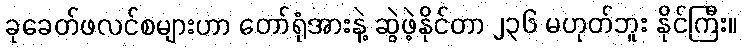
ခုခေတ်ဖလင်စများဟာ တော်ရုံအားနဲ့ ဆွဲဖဲ့နိုင်တာ ၂၃၆ မဟုတ်ဘူး နိုင်ကြီး။